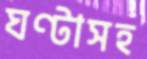
ঘণ্টাসহ